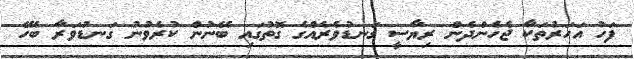
ފަހު އަހަރުތަކާ ޖެހެންދެން ރިޔާސީ ގަނޑުވެރެއްގެ ގޮތުގައި ބޭނުން ކުރެވުނު ގަނޑުވަރާ ބެހޭ